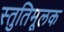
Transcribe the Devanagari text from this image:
स्तुतिमूलक